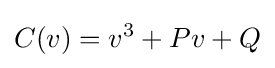
C(v)=v^{3}+Pv+Q